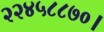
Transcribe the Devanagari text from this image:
२२४५८८७०।